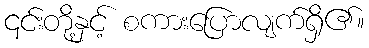
၎င်းတို့နှင့် စကားပြောလျက်ရှိ၏။